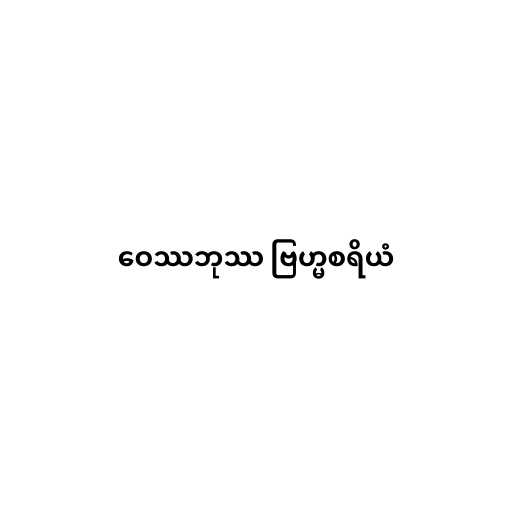
ဝေဿဘုဿ ဗြဟ္မစရိယံ